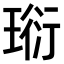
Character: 𤦷